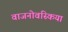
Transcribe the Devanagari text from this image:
वाजनोवस्किया